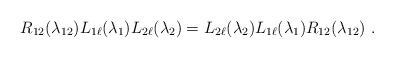
LaTeX: \begin{align*}R_{12}(\lambda_{12})L_{1\ell}(\lambda_1)L_{2\ell}(\lambda_2)=L_{2\ell}(\lambda_2)L_{1\ell}(\lambda_1)R_{12}(\lambda_{12})\ .\end{align*}